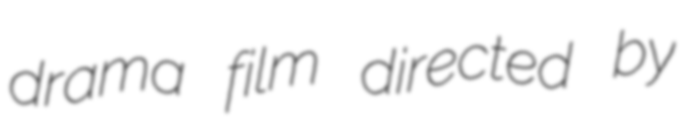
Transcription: drama film directed by